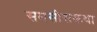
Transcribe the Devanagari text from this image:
समसीसकथा